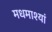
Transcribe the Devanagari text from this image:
मधमाश्यां